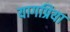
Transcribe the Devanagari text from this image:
यागप्रिया